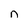
Character: n